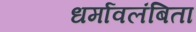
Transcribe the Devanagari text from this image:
धर्मावलंबिता